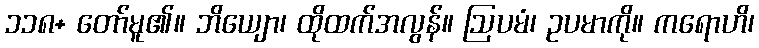
၁၁၈+ တော်မူ၏။ ဘိယျော၊ ထိုထက်အလွန်။ ဩပမံ၊ ဥပမာကို။ ကရောဟိ၊